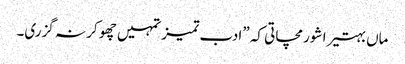
ماں بہتیرا شور مچاتی کہ ”ادب تمیز تمہیں چھو کر نہ گزری۔